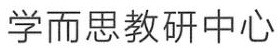
学而思教研中心